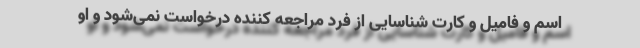
اسم و فامیل و کارت شناسایی از فرد مراجعه کننده درخواست نمی‌شود و او